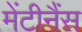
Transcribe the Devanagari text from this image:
मेंटीनैंस